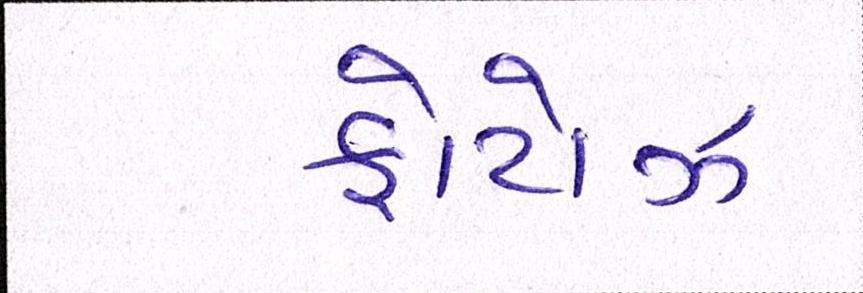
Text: ફોટોઝ